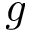
\boldsymbol { g }